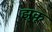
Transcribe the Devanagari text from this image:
झुंकू